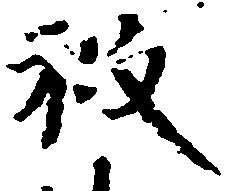
被